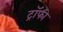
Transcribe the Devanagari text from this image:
ट्राॅफी